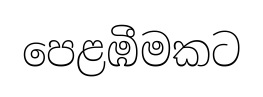
පෙළඹීමකට